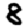
Digit: 8